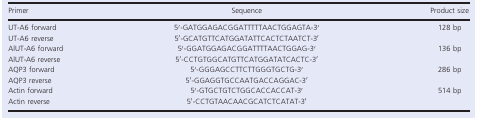
<table><thead><tr><td><b>Primer</b></td><td><b>Sequence</b></td><td><b>Product size</b></td></tr></thead><tbody><tr><td>UT‐A6 forward</td><td>5′‐GATGGAGACGGATTTTTAACTGGAGTA‐3′</td><td rowspan="2">128 bp</td></tr><tr><td>UT‐A6 reverse</td><td>5′‐GCATGTTCATGGATATTCACTCTAATCT‐3′</td></tr><tr><td>AlUT‐A6 forward</td><td>5′‐GGATGGAGACGGATTTTAACTGGAG‐3′</td><td rowspan="2">136 bp</td></tr><tr><td>AlUT‐A6 reverse</td><td>5′‐CCTGTGGCATGTTCATGGATATCACTC‐3′</td></tr><tr><td>AQP3 forward</td><td>5′‐GGGAGCCTTCTTGGGTGCTG‐3′</td><td rowspan="2">286 bp</td></tr><tr><td>AQP3 reverse</td><td>5′‐GGAGGTGCCAATGACCAGGAC‐3′</td></tr><tr><td>Actin forward</td><td>5′‐GTGCTGTCTGGCACCACCAT‐3′</td><td rowspan="2">514 bp</td></tr><tr><td>Actin reverse</td><td>5′‐CCTGTAACAACGCATCTCATAT‐3′</td></tr></tbody></table>